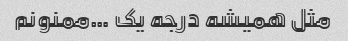
مثل همیشه درجه یک …ممنونم